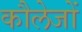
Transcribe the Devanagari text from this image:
कौलेजों